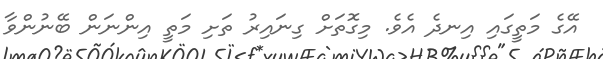
އޭގެ މަތީގައި އިނދެ އެވެ. މިގޮތަށް ގިނައިރު ތަށި މަތީ އިންނަން ބޭނުންވާ